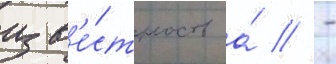
изв'е́стность а́ // -